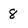
Character: 8